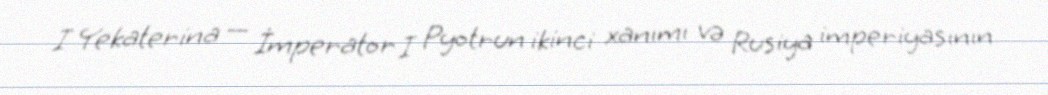
I Yekaterina — İmperator I Pyotrun ikinci xanımı və Rusiya imperiyasının